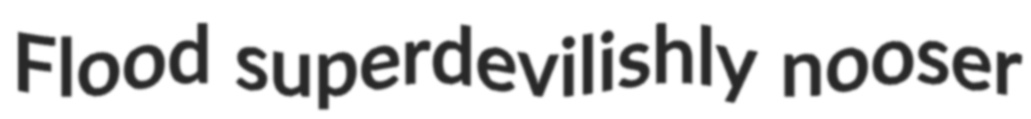
Flood superdevilishly nooser